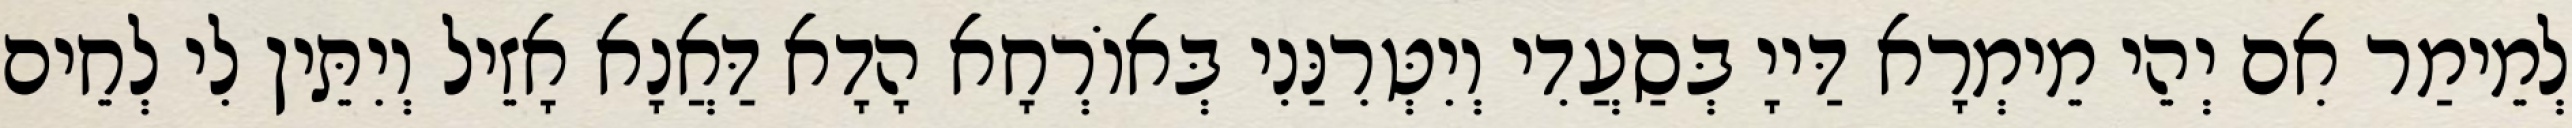
לְמֵימַר אִם יְהֵי מֵימְרָא דַּייָ בְּסַעֲדִי וְיִטְּרִנַּנִי בְּאוֹרְחָא הָדָא דַּאֲנָא אָזֵיל וְיִתֵּין לִי לְחֵים